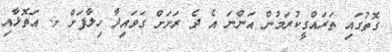
ގޮތުގައި ތަރައްގީކުރަމުން އަންނަ އެ ދެ ރަށަށް ގަވައިދާ ހިލާފަށް ށ. އަތޮޅާއި